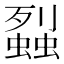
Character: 𧒈